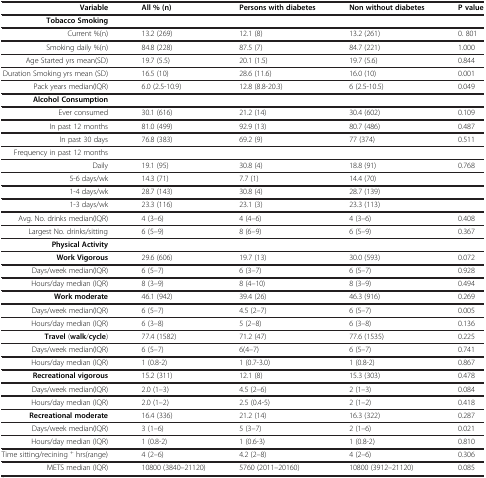
<table><thead><tr><td><b>Variable</b></td><td><b>All % (n)</b></td><td><b>Persons with diabetes</b></td><td><b>Non without diabetes</b></td><td><b>P value</b></td></tr></thead><tbody><tr><td><b>Tobacco Smoking</b></td><td colspan="4"> </td></tr><tr><td>Current %(n)</td><td>13.2 (269)</td><td>12.1 (8)</td><td>13.2 (261)</td><td>0. 801</td></tr><tr><td>Smoking daily %(n)</td><td>84.8 (228)</td><td>87.5 (7)</td><td>84.7 (221)</td><td>1.000</td></tr><tr><td>Age Started yrs mean(SD)</td><td>19.7 (5.5)</td><td>20.1 (1.5)</td><td>19.7 (5.6)</td><td>0.844</td></tr><tr><td>Duration Smoking yrs mean (SD)</td><td>16.5 (10)</td><td>28.6 (11.6)</td><td>16.0 (10)</td><td>0.001</td></tr><tr><td>Pack years median(IQR)</td><td>6.0 (2.5-10.9)</td><td>12.8 (8.8-20.3)</td><td>6 (2.5-10.5)</td><td>0.049</td></tr><tr><td><b>Alcohol Consumption</b></td><td colspan="4"> </td></tr><tr><td>Ever consumed</td><td>30.1 (616)</td><td>21.2 (14)</td><td>30.4 (602)</td><td>0.109</td></tr><tr><td>In past 12 months</td><td>81.0 (499)</td><td>92.9 (13)</td><td>80.7 (486)</td><td>0.487</td></tr><tr><td>In past 30 days</td><td>76.8 (383)</td><td>69.2 (9)</td><td>77 (374)</td><td>0.511</td></tr><tr><td>Frequency in past 12 months</td><td colspan="4"> </td></tr><tr><td>Daily</td><td>19.1 (95)</td><td>30.8 (4)</td><td>18.8 (91)</td><td>0.768</td></tr><tr><td>5-6 days/wk</td><td>14.3 (71)</td><td>7.7 (1)</td><td>14.4 (70)</td><td> </td></tr><tr><td>1-4 days/wk</td><td>28.7 (143)</td><td>30.8 (4)</td><td>28.7 (139)</td><td> </td></tr><tr><td>1-3 days/wk</td><td>23.3 (116)</td><td>23.1 (3)</td><td>23.3 (113)</td><td> </td></tr><tr><td>Avg. No. drinks median(IQR)</td><td>4 (3–6)</td><td>4 (4–6)</td><td>4 (3–6)</td><td>0.408</td></tr><tr><td>Largest No. drinks/sitting</td><td>6 (5–9)</td><td>8 (6–9)</td><td>6 (5–9)</td><td>0.367</td></tr><tr><td><b>Physical Activity</b></td><td colspan="4"> </td></tr><tr><td><b>Work Vigorous</b></td><td>29.6 (606)</td><td>19.7 (13)</td><td>30.0 (593)</td><td>0.072</td></tr><tr><td>Days/week median(IQR)</td><td>6 (5–7)</td><td>6 (3–7)</td><td>6 (5–7)</td><td>0.928</td></tr><tr><td>Hours/day median (IQR)</td><td>8 (3–9)</td><td>8 (4–10)</td><td>8 (3–9)</td><td>0.494</td></tr><tr><td><b>Work moderate</b></td><td>46.1 (942)</td><td>39.4 (26)</td><td>46.3 (916)</td><td>0.269</td></tr><tr><td>Days/week median(IQR)</td><td>6 (5–7)</td><td>4.5 (2–7)</td><td>6 (5–7)</td><td>0.005</td></tr><tr><td>Hours/day median (IQR)</td><td>6 (3–8)</td><td>5 (2–8)</td><td>6 (3–8)</td><td>0.136</td></tr><tr><td><b>Travel</b> (<b>walk</b>/<b>cycle</b>)</td><td>77.4 (1582)</td><td>71.2 (47)</td><td>77.6 (1535)</td><td>0.225</td></tr><tr><td>Days/week median(IQR)</td><td>6 (5–7)</td><td>6(4–7)</td><td>6 (5–7)</td><td>0.741</td></tr><tr><td>Hours/day median (IQR)</td><td>1 (0.8-2)</td><td>1 (0.7-3.0)</td><td>1 (0.8-2)</td><td>0.867</td></tr><tr><td><b>Recreational vigorous</b></td><td>15.2 (311)</td><td>12.1 (8)</td><td>15.3 (303)</td><td>0.478</td></tr><tr><td>Days/week median(IQR)</td><td>2.0 (1–3)</td><td>4.5 (2–6)</td><td>2 (1–3)</td><td>0.084</td></tr><tr><td>Hours/day median (IQR)</td><td>2.0 (1–2)</td><td>2.5 (0.4-5)</td><td>2 (1–2)</td><td>0.418</td></tr><tr><td><b>Recreational moderate</b></td><td>16.4 (336)</td><td>21.2 (14)</td><td>16.3 (322)</td><td>0.287</td></tr><tr><td>Days/week median(IQR)</td><td>3 (1–6)</td><td>5 (3–7)</td><td>2 (1–6)</td><td>0.021</td></tr><tr><td>Hours/day median (IQR)</td><td>1 (0.8-2)</td><td>1 (0.6-3)</td><td>1 (0.8-2)</td><td>0.810</td></tr><tr><td>Time sitting/recining <sup>+</sup> hrs(range)</td><td>4 (2–6)</td><td>4.2 (2–8)</td><td>4 (2–6)</td><td>0.306</td></tr><tr><td>METS median (IQR)</td><td>10800 (3840–21120)</td><td>5760 (2011–20160)</td><td>10800 (3912–21120)</td><td>0.085</td></tr></tbody></table>